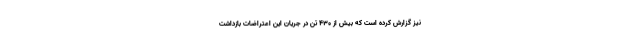
نیز گزارش کرده است که بیش از ۴۳۰ تن در جریان این اعتراضات بازداشت